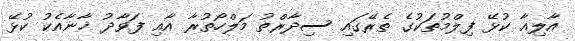
އާލިއާ ކުޅޭ ފިލްމުތަކުގެ ތެރޭގައި ސިދާރްތު މަލްހޯތުރާ އާއި ފަވާދު ޚާނާއެކު ކުޅޭ